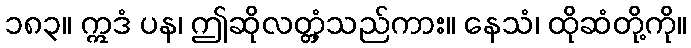
၁၈၃။ ဣဒံ ပန၊ ဤဆိုလတ္တံ့သည်ကား။ နေသံ၊ ထိုဆံတို့ကို။